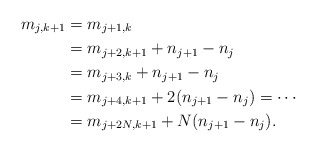
\begin{align*} m_{j,k+1} & = m_{j+1,k} \\& = m_{j+2,k+1} + n_{j+1} - n_j \\& = m_{j+3,k} + n_{j+1} - n_j \\& = m_{j+4,k+1} + 2(n_{j+1} - n_j) = \cdots \\& = m_{j + 2N,k+1} + N(n_{j+1} - n_j) .\end{align*}